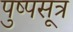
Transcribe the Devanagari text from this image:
पुष्पसूत्र